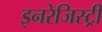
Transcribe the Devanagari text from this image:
इनरेजिस्ट्री